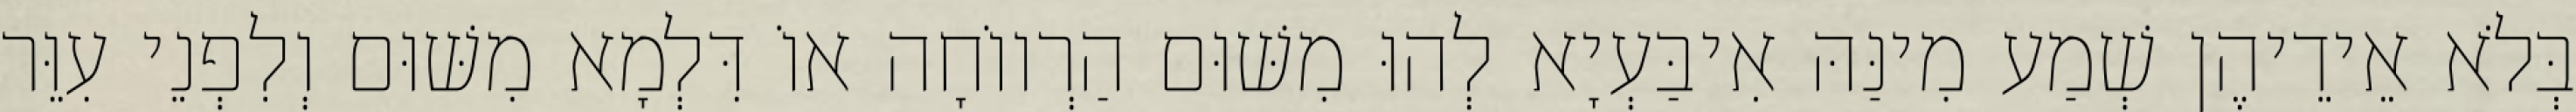
בְּלֹא אֵידֵיהֶן שְׁמַע מִינַּהּ אִיבַּעְיָא לְהוּ מִשּׁוּם הַרְווֹחָה אוֹ דִּלְמָא מִשּׁוּם וְלִפְנֵי עִוֵּר